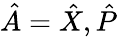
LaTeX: \hat{A}=\hat{X},\hat{P}